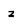
Character: z